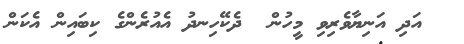
އަދި އަނިޔާވެރިވި މީހުން  ދެކޭހިނދު އެއުރެންގެ ކިބައިން އެކަން